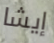
إيشا